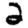
Digit: 2